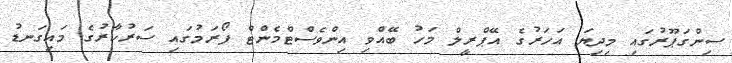
ސިންގަޕޫރުގައި މިދިޔަ އަހަރުގެ އޭޕްރީލް މަހު ބޭއްވި އިންވެސްޓްމެންޓް ފޯރަމުގައި ސަރުކާރުގެ މައިގަނޑު